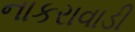
નાકરાવાડી